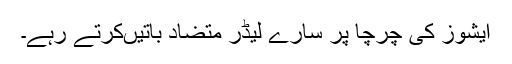
ایشوز کی چرچا پر سارے لیڈر متضاد باتیںکرتے رہے۔